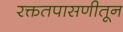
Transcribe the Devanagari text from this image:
रक्ततपासणीतून